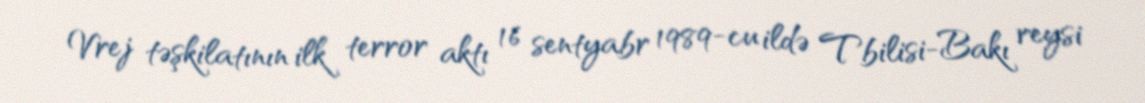
Vrej təşkilatının ilk terror aktı 16 sentyabr 1989-cu ildə Tbilisi-Bakı reysi